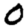
Digit: 0